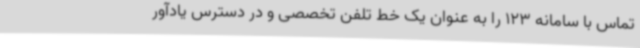
تماس با سامانه 123 را به عنوان یک خط تلفن تخصصی و در دسترس یادآور